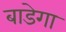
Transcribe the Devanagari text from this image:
बाडेगा